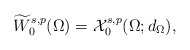
\begin{align*}\widetilde{W}^{s,p}_0(\Omega)= \mathcal{X}^{s,p}_0(\Omega;d_{\Omega}),\end{align*}